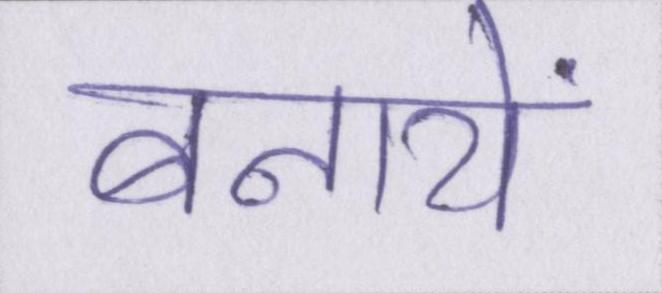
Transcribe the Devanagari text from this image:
बनायें